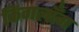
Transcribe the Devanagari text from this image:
किंगलाँग